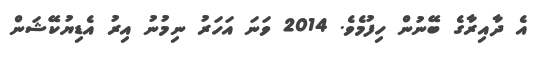
އެ ދާއިރާގެ ބޭނުން ހިފުމެވެ. 2014 ވަނަ އަހަރު ނިމުނު އިރު އެޑިޔުކޭޝަން